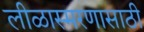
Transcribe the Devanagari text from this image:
लीळास्मरणासाठी